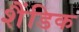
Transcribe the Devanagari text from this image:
शैंडिक